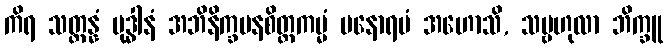
ကိရ သတ္တန္နံ ဗုဒ္ဓါနံ အဘိနိက္ခမနစိတ္တကမ္မံ မနောရမံ အဟောသိ, သမ္ဗဟုလာ ဘိက္ခူ